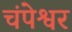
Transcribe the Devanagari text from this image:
चंपेश्वर